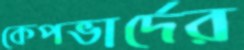
কেপভার্দের